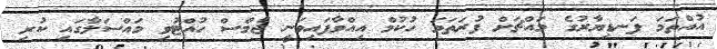
އުއްތަމަ ފަނޑިޔާރުގެ މައްޗަށް ފުރަތަމަ ހުކުމް އިއްވާފައިވަނީ ޖެމްސް ހުއްޓުވި މައްސަލާގައި ކުރި